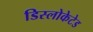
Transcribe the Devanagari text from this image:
डिस्लोकेटेड